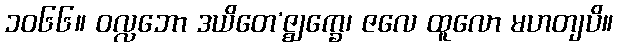
၁၀၆၆။ ဝလ္လဘော ဒယိတေ’ဇ္ဈက္ခေ၊ ဇလေ ထူလော မဟတျပိ။